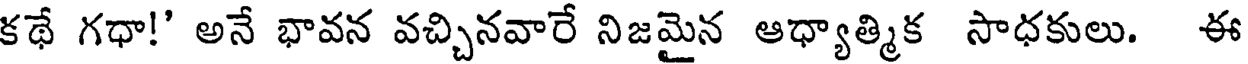
కథే గధా!' అనే భావన వచ్చినవారే నిజమైన ఆధ్యాత్మిక సాధకులు. ఈ